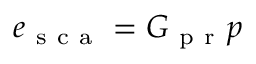
e _ { \mathrm { ~ s ~ c ~ a ~ } } = G _ { \mathrm { ~ p ~ r ~ } } p